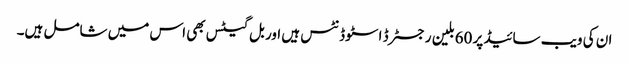
ان کی ویب سائیڈ پر 60بلین رجسٹرڈ اسٹوڈنٹس ہیں اور بل گیٹس بھی اس میں شامل ہیں۔